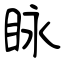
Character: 眿